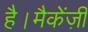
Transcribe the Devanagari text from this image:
है।मैकेंज़ी